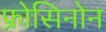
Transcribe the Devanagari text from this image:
फ्रोसिनोन